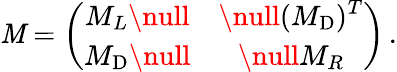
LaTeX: \mathit{M}=\left(\begin{array}{cc}{{\displaystyle M_{L}\null}}&{{\null\displaystyle(M_{\mathrm{D}})^{T}}}\\ {{\displaystyle M_{\mathrm{D}}\null}}&{{\null\displaystyle M_{R}}}\end{array}\right)\, .